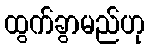
ထွက်ခွာမည်ဟု